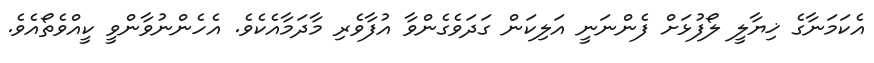
އެކަމަނާގެ ޚިޔާލީ ލޯފުޅަށް ފެންނަނީ އަލިކަން ގަދަވެގެންވާ އުފާވެރި މާދަމާއެކެވެ. އެހެންނުވާންވީ ކީއްވެތޯއެވެ.